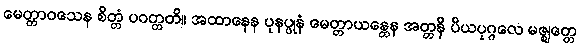
မေတ္တာဝသေန စိတ္တံ ပဝတ္တတိ။ အထာနေန ပုနပ္ပုနံ မေတ္တာယန္တေန အတ္တနိ ပိယပုဂ္ဂလေ မဇ္ဈတ္တေ